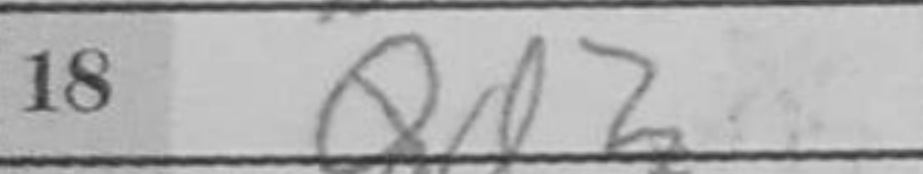
Transcription: Qd2